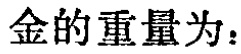
金的重量为：